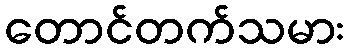
တောင်တက်သမား